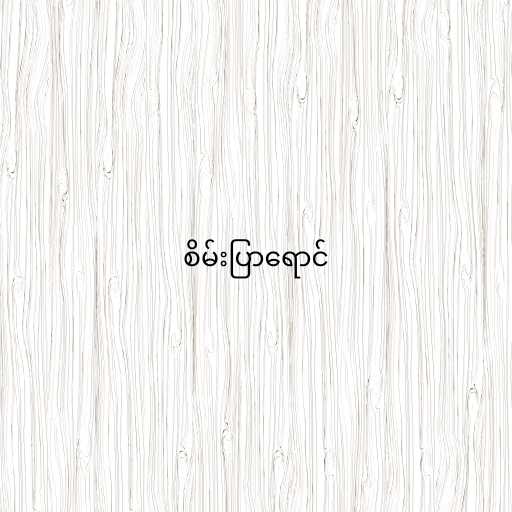
စိမ်းပြာရောင်